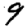
Digit: 9